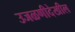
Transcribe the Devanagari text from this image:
उजळणीदेखील